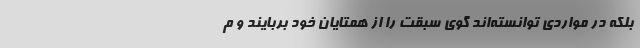
بلکه در مواردی توانسته‌اند گوی سبقت را از همتایان خود بربایند و م